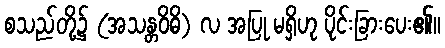
စသည်တို့၌ (အသန္တဝိဓိ) လ အပြု မရှိဟု ပိုင်းခြားပေး၏။